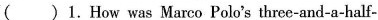
( )1.How was Marco Polo's three-and-a-half-